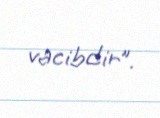
vacibdir”.